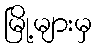
မြို့များမှ